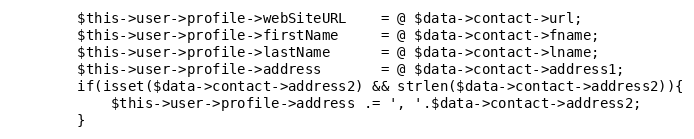
Language: PHP
        $this->user->profile->webSiteURL    = @ $data->contact->url;
        $this->user->profile->firstName     = @ $data->contact->fname;
        $this->user->profile->lastName      = @ $data->contact->lname;
        $this->user->profile->address       = @ $data->contact->address1;
        if(isset($data->contact->address2) && strlen($data->contact->address2)){
            $this->user->profile->address .= ', '.$data->contact->address2;
        }